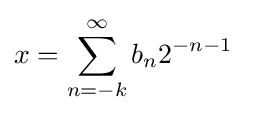
x=\sum _{n=-k}^{\infty }b_{n}2^{-n-1}\;